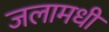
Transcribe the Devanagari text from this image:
जलामधीं